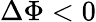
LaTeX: \Delta\Phi<0